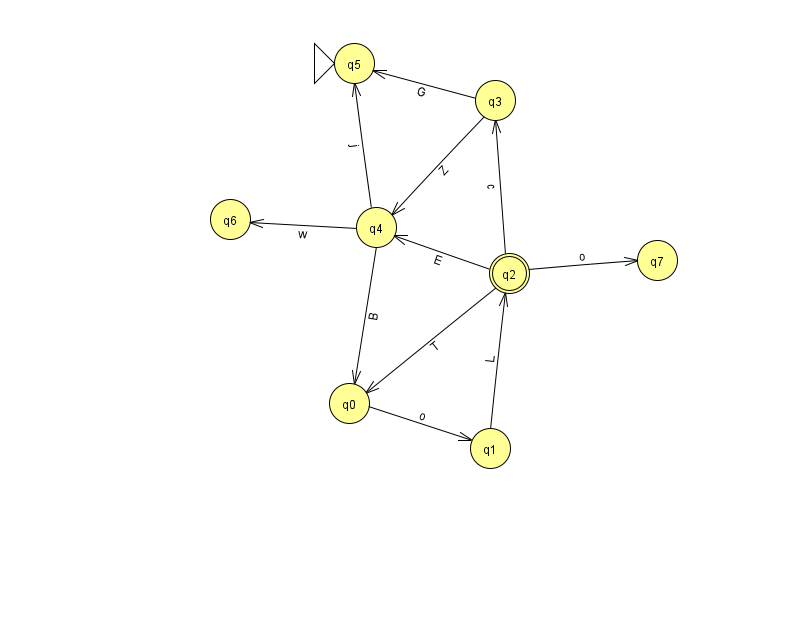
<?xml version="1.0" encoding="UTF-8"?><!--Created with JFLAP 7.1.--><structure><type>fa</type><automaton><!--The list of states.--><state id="0" name="q0"><x>349.0</x><y>390.0</y></state><state id="1" name="q1"><x>490.0</x><y>435.0</y></state><state id="2" name="q2"><x>509.0</x><y>260.0</y><final/></state><state id="3" name="q3"><x>495.0</x><y>87.0</y></state><state id="4" name="q4"><x>376.0</x><y>214.0</y></state><state id="5" name="q5"><x>354.0</x><y>50.0</y><initial/></state><state id="6" name="q6"><x>230.0</x><y>206.0</y></state><state id="7" name="q7"><x>657.0</x><y>247.0</y></state><!--The list of transitions.--><transition><from>2</from><to>4</to><read>E</read></transition><transition><from>4</from><to>5</to><read>j</read></transition><transition><from>0</from><to>1</to><read>o</read></transition><transition><from>2</from><to>3</to><read>c</read></transition><transition><from>4</from><to>0</to><read>B</read></transition><transition><from>2</from><to>0</to><read>T</read></transition><transition><from>3</from><to>4</to><read>Z</read></transition><transition><from>4</from><to>6</to><read>w</read></transition><transition><from>1</from><to>2</to><read>L</read></transition><transition><from>3</from><to>5</to><read>G</read></transition><transition><from>2</from><to>7</to><read>o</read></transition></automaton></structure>